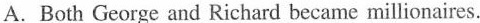
A. Both George and Richard became millionaires.